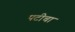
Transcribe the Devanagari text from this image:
पटीचा